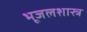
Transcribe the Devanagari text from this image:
भूजलशास्त्र